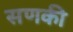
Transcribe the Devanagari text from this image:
सणकी